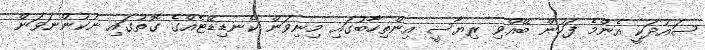
ސައުދަކީ އެންމެ ފަހުން ބޭއްވި ރިޔާސީ އިންތިހާބުގައި މިނިވަން ކެނޑިޑޭޓެއްގެ ގޮތުގައި ނުކުންނަވަން